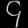
Digit: ၄